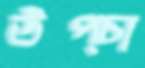
উপ্‌চা